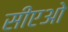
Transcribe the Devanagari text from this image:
सीएओ